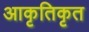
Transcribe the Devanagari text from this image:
आकृतिकृत